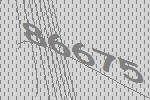
86675